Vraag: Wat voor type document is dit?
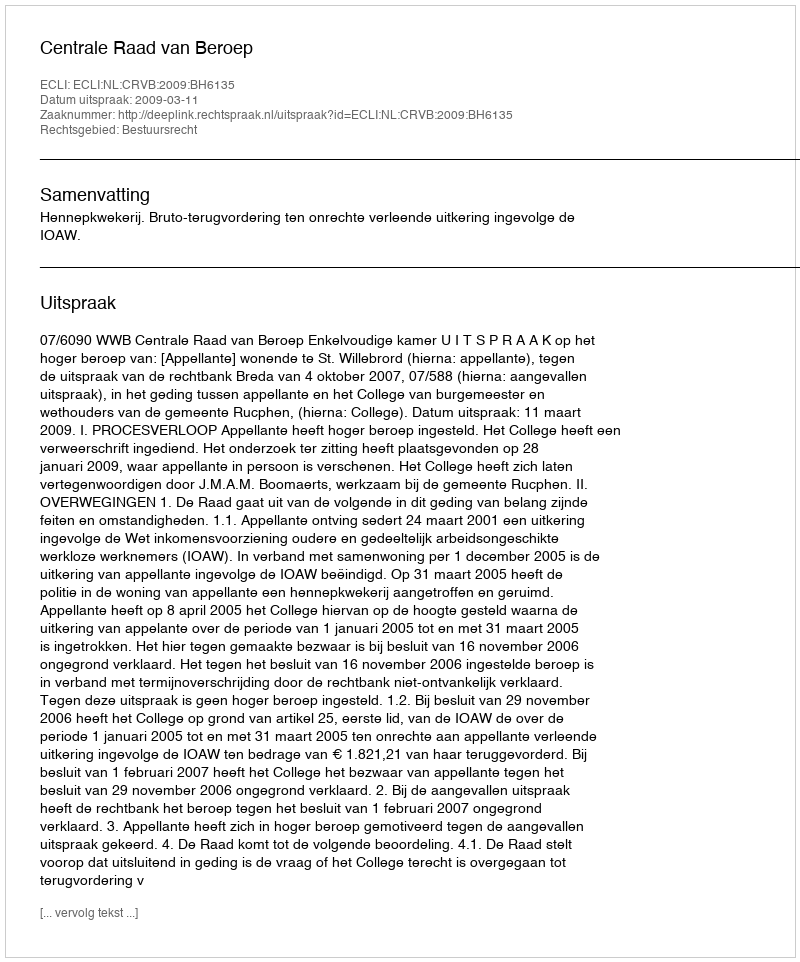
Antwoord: Uitspraak